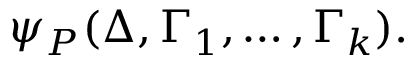
\psi _ { P } ( \Delta , \Gamma _ { 1 } , \dots , \Gamma _ { k } ) .